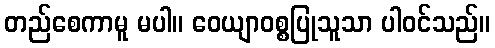
တည်စေကာမူ မပါ။ ဝေယျာဝစ္စပြုသူသာ ပါဝင်သည်။